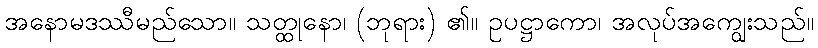
အနောမဒဿီမည်သော။ သတ္ထုနော၊ (ဘုရား) ၏။ ဥပဋ္ဌာကော၊ အလုပ်အကျွေးသည်။